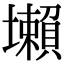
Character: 𡓒